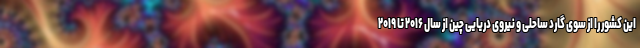
این کشور را از سوی گارد ساحلی و نیروی دریایی چین از سال ۲۰۱۶ تا ۲۰۱۹